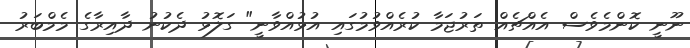
ނޫނީ ކޮންމެވެސް އެއްޗެއް ތަރުޖަމާ ކުރެއްވުމުގައި އުޅުއްވާނީ" ގަލޮޅު ދެކުނު ދާއިރާގެ މެމްބަރު